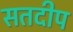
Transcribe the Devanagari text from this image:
सतदीप